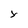
Character: Y